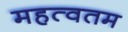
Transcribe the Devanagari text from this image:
महत्वतम